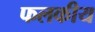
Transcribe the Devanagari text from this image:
फलकीय